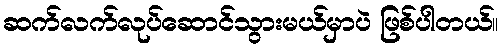
ဆက်လက်လုပ်ဆောင်သွားမယ်မှာပဲ ဖြစ်ပါတယ်။